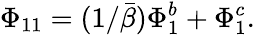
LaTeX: \Phi_{11}=(1/\bar{\beta})\Phi_{1}^{b}+\Phi_{1}^{c}.